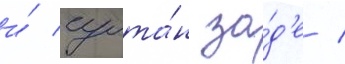
и́ султа́н за́д'е /